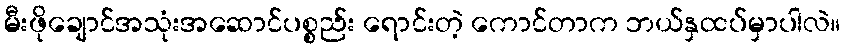
မီးဖိုချောင်အသုံးအဆောင်ပစ္စည်း ရောင်းတဲ့ ကောင်တာက ဘယ်နှထပ်မှာပါလဲ။